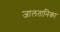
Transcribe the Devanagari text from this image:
जालतानिका